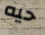
حيه